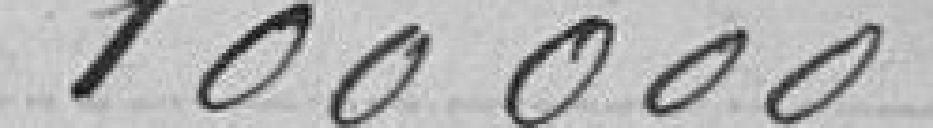
100 000